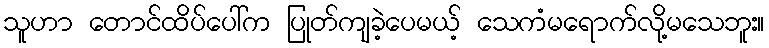
သူဟာ တောင်ထိပ်ပေါ်က ပြုတ်ကျခဲ့ပေမယ့် သေကံမရောက်လို့မသေဘူး။